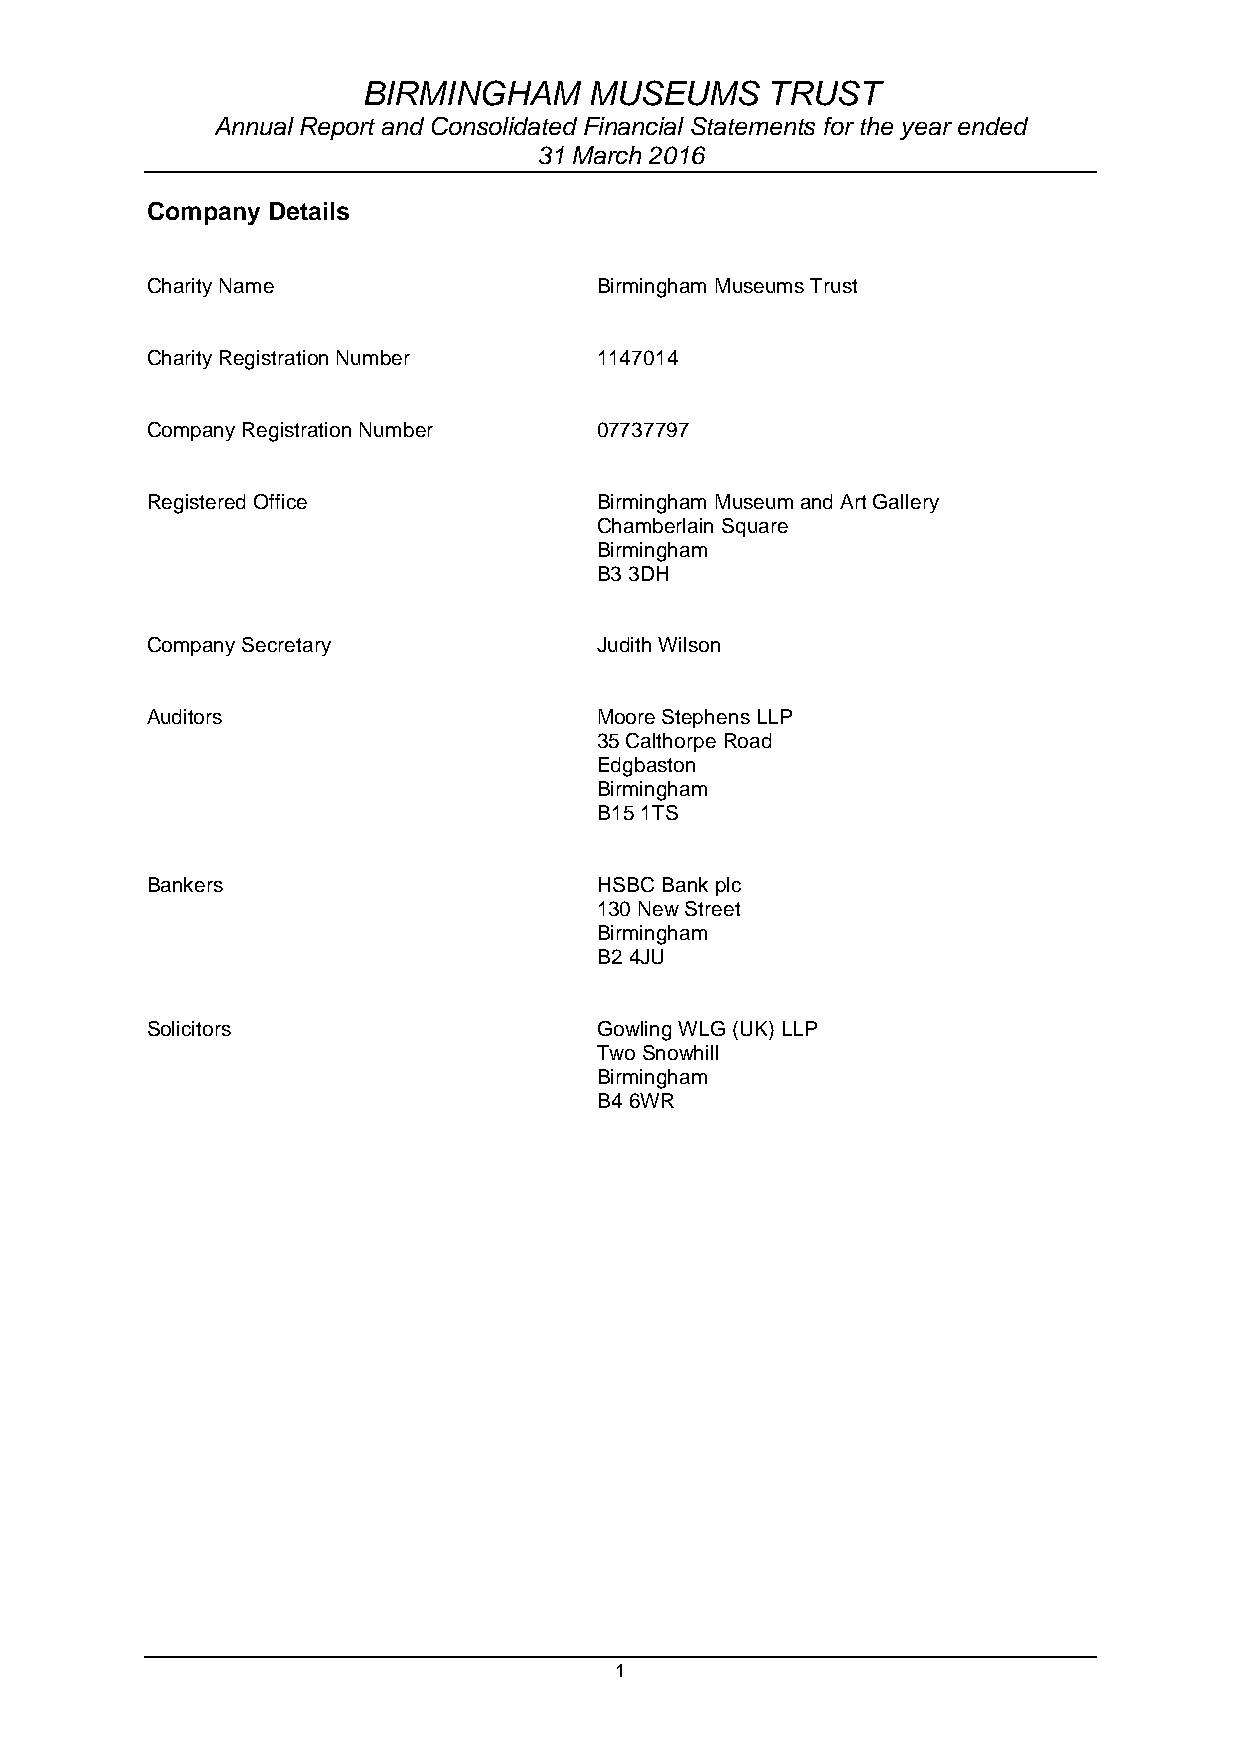
BIRMINGHAM     MUSEUMS     TRUST
 Annual Report and Consolidated Financial Statements for the year ended
 31 March 2016
 Company Details
 Charity Name                  Birmingham Museums Trust
 Charity Registration Number   1147014
 Company Registration Number   07737797
 Registered Office             Birmingham Museum and Art Gallery
 Chamberlain Square
 Birmingham
 B3 3DH
 Company Secretary             Judith Wilson
 Auditors                      Moore Stephens LLP
 35 Calthorpe Road
 Edgbaston
 Birmingham
 B15 1TS
 Bankers                       HSBC Bank plc
 130 New Street
 Birmingham
 B2 4JU
 Solicitors                    Gowling WLG (UK) LLP
 Two Snowhill
 Birmingham
 B4 6WR
 1